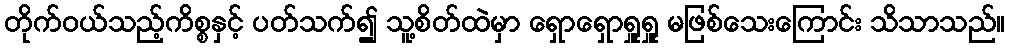
တိုက်ဝယ်သည့်ကိစ္စနှင့် ပတ်သက်၍ သူ့စိတ်ထဲမှာ ရှောရှောရှူရှူ မဖြစ်သေးကြောင်း သိသာသည်။